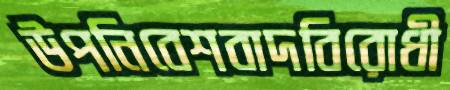
উপনিবেশবাদবিরোধী